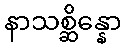
နာသစ္ဆိန္နော